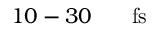
1 0 - 3 0 \ensuremath { \mathrm { ~ \textrm ~ { ~ \, ~ } ~ } } \ensuremath { \mathrm { f s } }